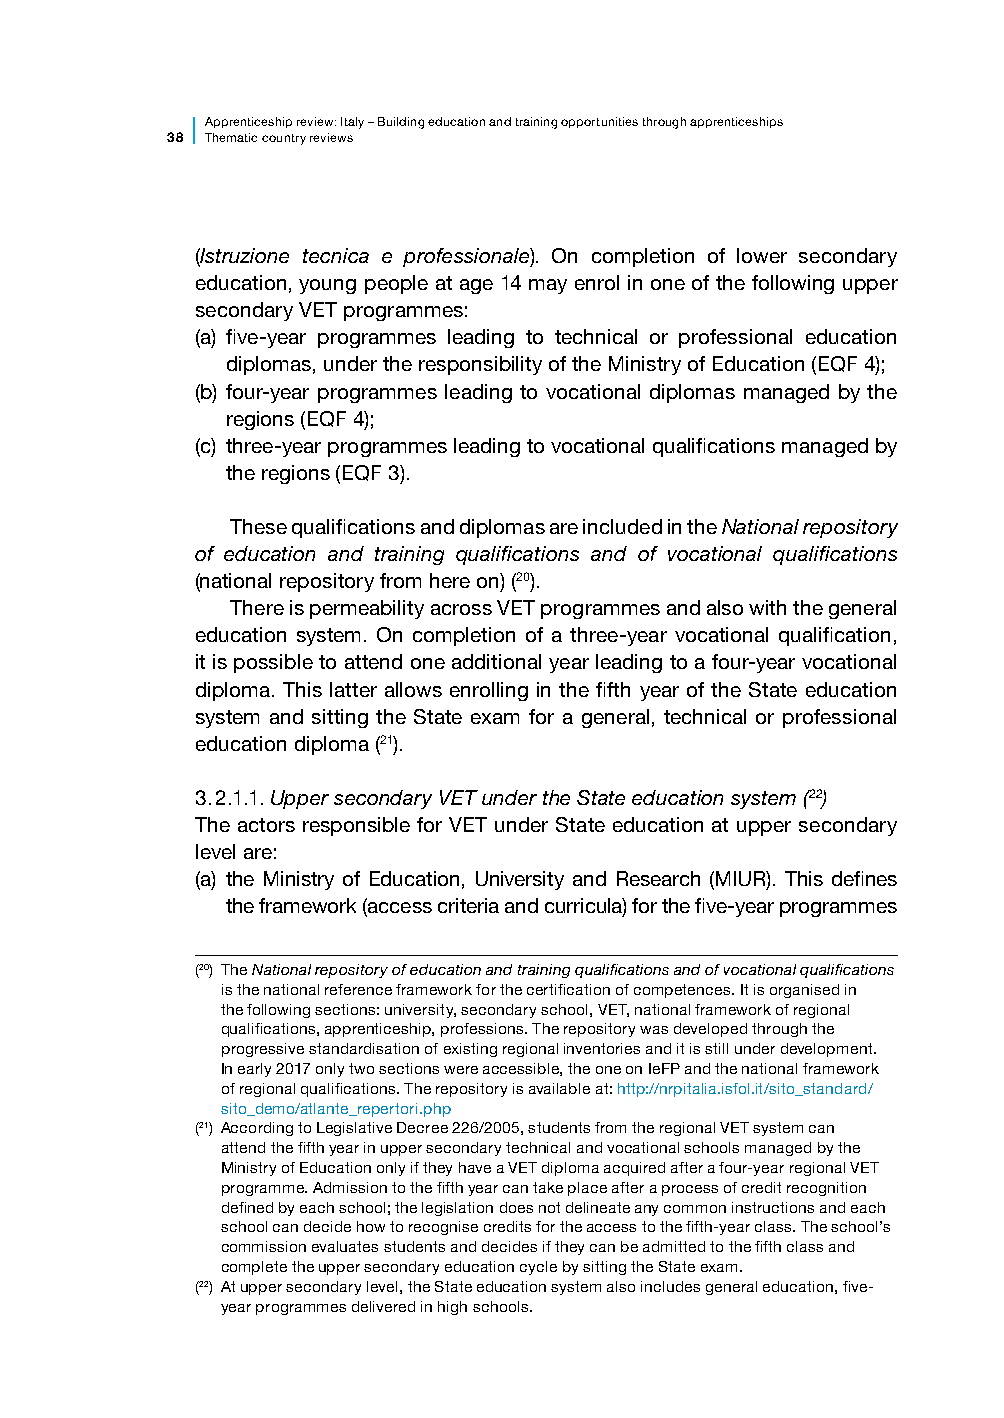
Apprenticesh ip review: Italy – Building education and training opportunities through apprenticeships
 38 Thematic country reviews
 (Istruzione tecnica e professionale). On completion of lower secondary
 education, young people at age 14 may enrol in one of the following upper
 secondary VET programmes:
 (a) five-year programmes leading to technical or professional education
 diplomas, under the responsibility of the Ministry of Education (EQF 4);
 (b) four-year programmes leading to vocational diplomas managed by the
 regions (EQF 4);
 (c) three-year programmes leading to vocational qualifications managed by
 the regions (EQF 3).
 These qualifications and diplomas are included in the National repository
 of education and training qualifications and of vocational qualifications
 (national repository from here on) (20).
 There is permeability across VET programmes and also with the general
 education system. On completion of a three-year vocational qualification,
 it is possible to attend one additional year leading to a four-year vocational
 diploma. This latter allows enrolling in the fifth year of the State education
 system and sitting the State exam for a general, technical or professional
 education diploma (21).
 3.2.1.1. Upper secondary VET under the State education system (22)
 The actors responsible for VET under State education at upper secondary
 level are:
 (a) t he Ministry of Education, University and Research (MIUR). This defines
 the framework (access criteria and curricula) for the five-year programmes
 (20) The National repository of education and training qualifications and of vocational qualifications
 is the national reference framework for the certification of competences. It is organised in
 the following sections: university, secondary school, VET, national framework of regional
 qualifications, apprenticeship, professions. The repository was developed through the
 progressive standardisation of existing regional inventories and it is still under development.
 In early 2017 only two sections were accessible, the one on IeFP and the national framework
 of regional qualifications. The repository is available at: http://nrpitalia.isfol.it/sito_standard/
 sito_demo/atlante_repertori.php
 (21) According to Legislative Decree 226/2005, students from the regional VET system can
 attend the fifth year in upper secondary technical and vocational schools managed by the
 Ministry of Education only if they have a VET diploma acquired after a four-year regional VET
 programme. Admission to the fifth year can take place after a process of credit recognition
 defined by each school; the legislation does not delineate any common instructions and each
 school can decide how to recognise credits for the access to the fifth-year class. The school’s
 commission evaluates students and decides if they can be admitted to the fifth class and
 complete the upper secondary education cycle by sitting the State exam.
 (22) At upper secondary level, the State education system also includes general education, five-
 year programmes delivered in high schools.